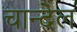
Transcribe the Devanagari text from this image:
चान्देल